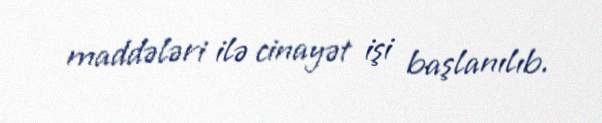
maddələri ilə cinayət işi başlanılıb.